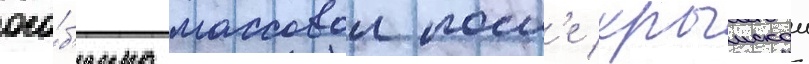
осо́б'енно массовои посл'е крымскои